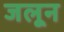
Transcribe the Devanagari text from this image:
जलून